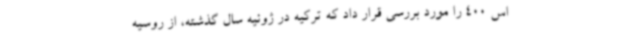
اس 400 را مورد بررسی قرار داد که ترکیه در ژوئیه سال گذشته، از روسیه